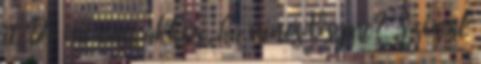
it. De mi van akkor, ha nincs Vsync? Szóval